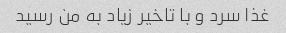
غذا سرد و با تاخیر زیاد به من رسید